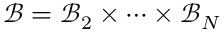
\mathcal { B } = \mathcal { B } _ { 2 } \times \cdots \times \mathcal { B } _ { N }